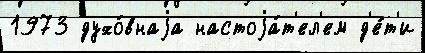
1973 духо́внаjа настоjа́т'ел'ем д'е́т'и